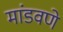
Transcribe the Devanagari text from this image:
मांडवणे